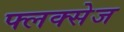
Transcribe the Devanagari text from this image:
फ्लक्‍सेज